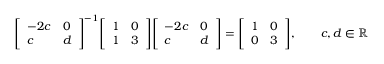
{ \left[ \begin{array} { l l } { - 2 c } & { 0 } \\ { c } & { d } \end{array} \right] } ^ { - 1 } { \left[ \begin{array} { l l } { 1 } & { 0 } \\ { 1 } & { 3 } \end{array} \right] } { \left[ \begin{array} { l l } { - 2 c } & { 0 } \\ { c } & { d } \end{array} \right] } = { \left[ \begin{array} { l l } { 1 } & { 0 } \\ { 0 } & { 3 } \end{array} \right] } , \qquad c , d \in \mathbb { R }